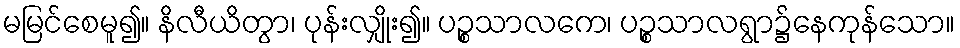
မမြင်စေမူ၍။ နိလီယိတွာ၊ ပုန်းလျှိုး၍။ ပဉ္စသာလကေ၊ ပဉ္စသာလရွာ၌နေကုန်သော။